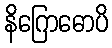
နိဂြောဓောပိ